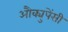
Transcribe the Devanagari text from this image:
औक्युपेंसी